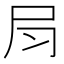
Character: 𡰳